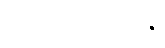
ဥပသင်္ကမေယျာမ